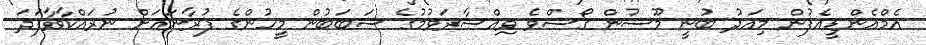
އެމްއެންޑީއެފުން މިއަދު ބުނީ މޫސުން ގޯސްވެ ވިއްސާރަވުމުގެ ސަބަބުން މީހުންގެ ފުރާނައަށް ނުރައްކާވާފަދަ